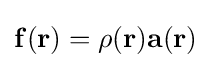
\mathbf {f} (\mathbf {r} )=\rho (\mathbf {r} )\mathbf {a} (\mathbf {r} )